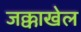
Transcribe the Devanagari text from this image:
जक्काखेल